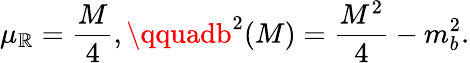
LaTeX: \mu_{\mathbb{R}}=\frac{{M}}{{4}},\qquadb^{2}(M)=\frac{{M^{2}}}{{4}}-m_{b}^{2}.